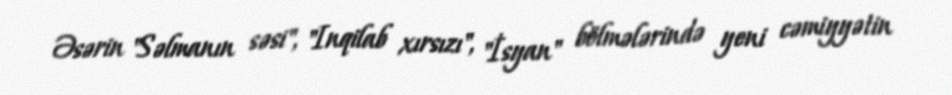
Əsərin "Səlmanın səsi", "Inqilab xırsızı", "İsyan" bölmələrində yeni cəmiyyətin